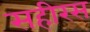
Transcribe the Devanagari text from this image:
सहीरस